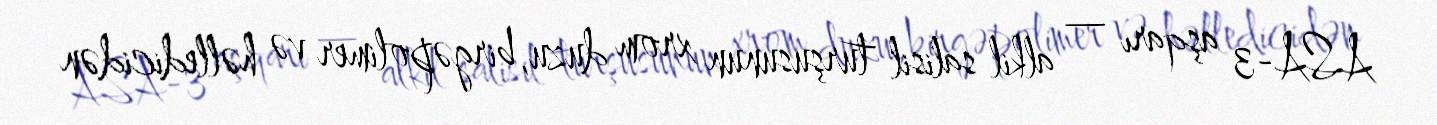
ASA-3 aşqarı — alkil salisil turşusunun xrom duzu, birgəpolimer və həlledicidən